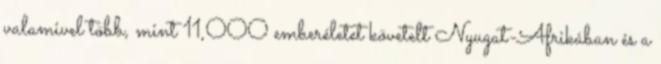
valamivel több, mint 11,000 emberéletet követelt Nyugat-Afrikában és a